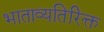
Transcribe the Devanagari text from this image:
भाताव्यतिरिक्त